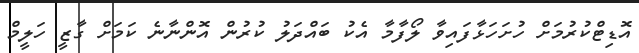
އޮޑިޓްކުރުމަށް ހުށަހަޅާފައިވާ ލޯފާމާ އެކު ބައްދަލު ކުރުން އޮންނާނެ ކަމަށް ގާޒީ ހަލީމް